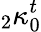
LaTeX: {}_{2}\kappa_{0}^{t}